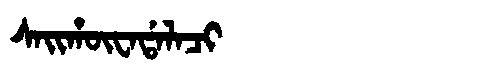
Manchu: ᠰᠠᡳᡥᡡᠸᠠᡩᠠᠯᠠᠴᡳ
Romanization: SAIHŪWADALACI